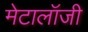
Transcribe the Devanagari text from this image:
मेटालॉजी